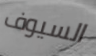
السيوف